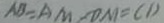
A B = A M / O M = C D